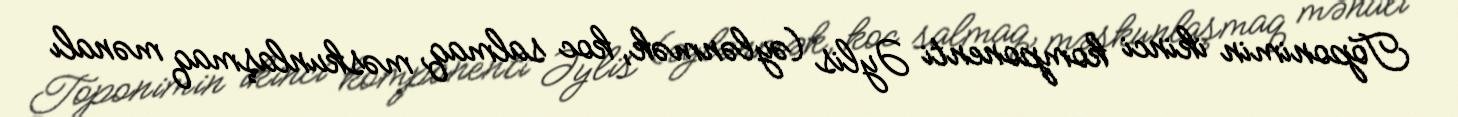
Toponimin ikinci komponenti Əylis (əylənmək, koc salmaq, məskunlaşmaq mənalı